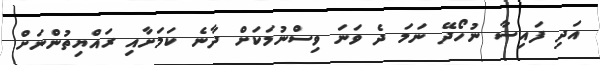
އަދި ފައިސާ ނުހޯދޭ ނަމަ ދެ ވަނަ ވިސްނުމަކަށް ދާނެ ކަމަށާއި ރައްޔިތުންނަށް